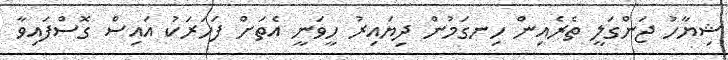
ޝިޔާހު ޖަންގަލީ ތެރެއިން ހިނގަމުން ދިޔައިރު ހީވަނީ އެތަށް ފަހަރަކު އައިސް ގޮސްފައިވާ